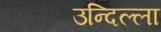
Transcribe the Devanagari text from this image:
उन्दिल्ला